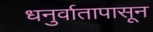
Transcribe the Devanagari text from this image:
धनुर्वातापासून